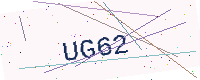
Text: UG62